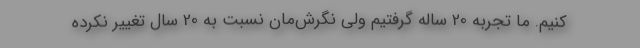
کنیم. ما تجربه 20 ساله گرفتیم ولی نگرش‌مان نسبت به 20 سال تغییر نکرده